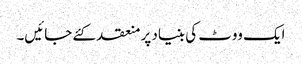
ایک ووٹ کی بنیاد پر منعقد کئے جائیں۔